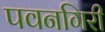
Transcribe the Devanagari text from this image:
पवनगिरी